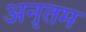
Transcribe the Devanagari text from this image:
अनृतम